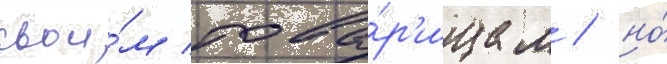
свои́м това́р'ищам / но́